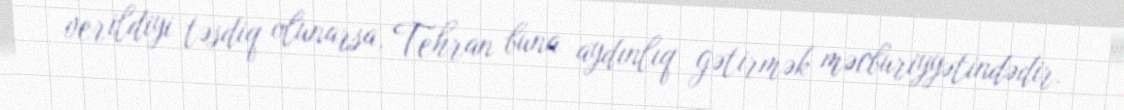
verildiyi təsdiq olunarsa, Tehran buna aydınlıq gətirmək məcburiyyətindədir.